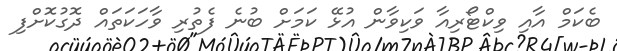
ބެކަމް އާއި ވިކްޓޯރިއާ ވަކިވާން އުޅޭ ކަމަށް ބުނެ ފެތުރި ވާހަކަތައް ދޮގުކޮށްފި